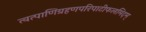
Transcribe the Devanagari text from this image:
त्वत्पाणिग्रहणपरिपाटीफलमिदम्